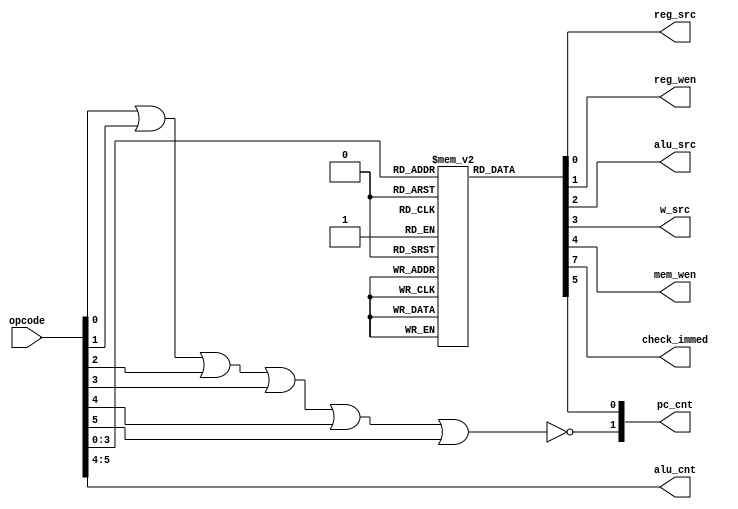
module control_unit(input [5:0]opcode,output reg_src,reg_wen,alu_src,w_src,mem_wen,check_immed,output [1:0]alu_cnt,pc_cnt);
reg [7:0]opcode_mem[15:0];                
initial
    begin
    opcode_mem[0]=8'b00000011;
    opcode_mem[1]=8'b00000011;
    opcode_mem[2]=8'b00000011;
    opcode_mem[3]=8'b00000011;
    opcode_mem[4]=8'b00000011;
    opcode_mem[5]=8'b00000011;
    opcode_mem[6]=8'b00000011;
    opcode_mem[7]=8'b00000011;
    opcode_mem[8]=8'b00000011;
    opcode_mem[9]=8'b00000011;
    opcode_mem[10]=8'b00001110;
    opcode_mem[11]=8'b00011100;
    opcode_mem[12]=8'b00100000;
    opcode_mem[13]=8'b00100000;        
    opcode_mem[14]=8'b10000110;        //additional bit
    opcode_mem[15]=8'b10000110;        //additional bit
    end
assign alu_cnt=opcode[5:4];
assign reg_src=opcode_mem[opcode[3:0]][0];
assign reg_wen=opcode_mem[opcode[3:0]][1];
assign alu_src=opcode_mem[opcode[3:0]][2];
assign w_src=opcode_mem[opcode[3:0]][3];
assign mem_wen=opcode_mem[opcode[3:0]][4];
assign pc_cnt[0]=opcode_mem[opcode[3:0]][5];
assign check_immed=opcode_mem[opcode[3:0]][7];
assign pc_cnt[1]=~(opcode[0]|opcode[1]|opcode[2]|opcode[3]|opcode[4]|opcode[5]);
endmodule